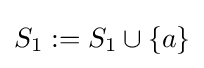
S_{1}:=S_{1}\cup \{a\}